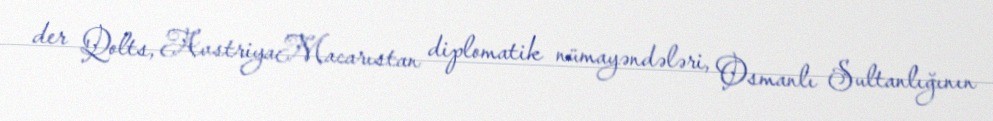
der Qolts, AvstriyaMacarıstan diplomatik nümayəndələri, Osmanlı Sultanlığının